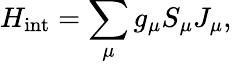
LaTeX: H_{\mathrm{int}}=\sum_{\mu}g_{\mu}S_{\mu}J_{\mu},